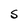
Character: S